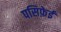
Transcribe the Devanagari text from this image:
पसिफ़ेई